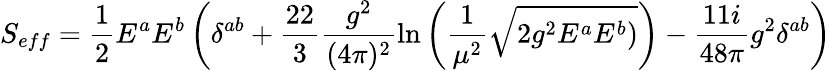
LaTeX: S_{eff}=\frac{1}{2}E^{a}E^{b}\left(\delta^{ab}+\frac{22}{3}\frac{g^{2}}{(4\pi)^{2}}\ln\left(\frac{1}{\mu^{2}}\sqrt{2g^{2}E^{a}E^{b})}\right)-\frac{11i}{48\pi}g^{2}\delta^{ab}\right)